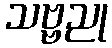
သဗ္ဗညု